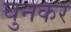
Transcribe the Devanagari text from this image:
घुनकर